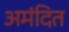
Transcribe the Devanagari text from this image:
अमंदित